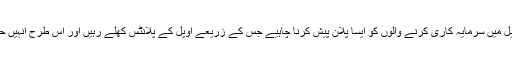
جرمن حکومت کا موقف ہے کہ اوپیل میں سرمایہ کاری کرنے والوں کو ایسا پلان پیش کرنا چاہیے جس کے زریعے اوپل کے پلانٹس کھلے رہیں اور اس طرح انہیں حکومت کی مدد بھی حاصل ہوسکے۔